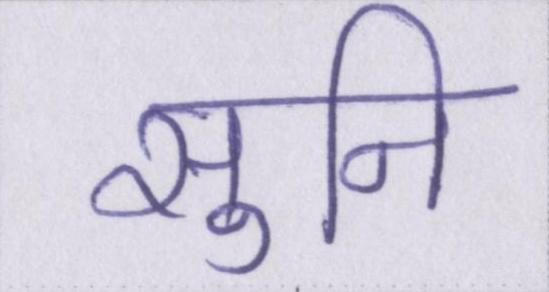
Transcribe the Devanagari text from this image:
सुनि